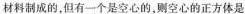
材料制成的，但有一个是空心的，则空心的正方体是